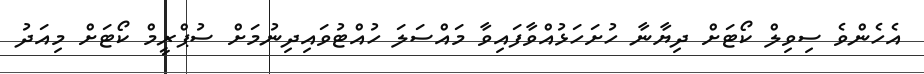
އެހެންވެ ސިވިލް ކޯޓަށް ދިޔާނާ ހުށަހަޅުއްވާފައިވާ މައްސަލަ ހުއްޓުވައިދިނުމަށް ސުޕްރީމް ކޯޓަށް މިއަދު